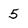
Character: 5